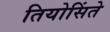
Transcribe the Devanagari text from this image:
तियोसिंते